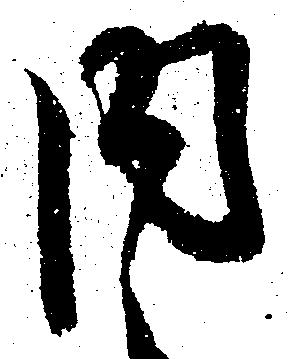
内